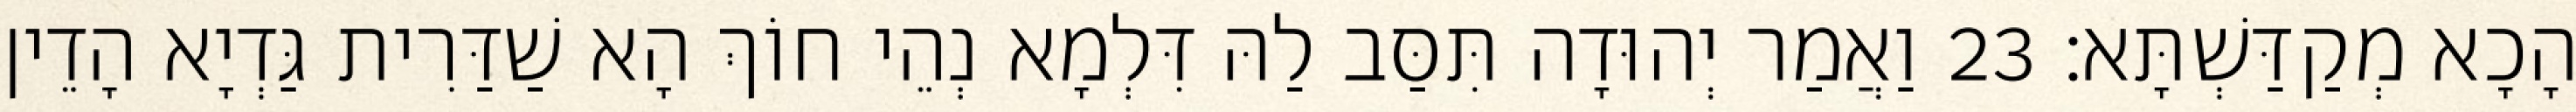
הָכָא מְקַדַּשְׁתָּא׃ 23 וַאֲמַר יְהוּדָה תִּסַּב לַהּ דִּלְמָא נְהֵי חוֹךְ הָא שַׁדַּרִית גַּדְיָא הָדֵין